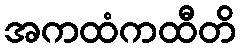
အကထံကထီတိ